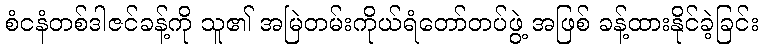
စံငနံတစ်ဒါဇင်ခန့်ကို သူ၏ အမြဲတမ်းကိုယ်ရံတော်တပ်ဖွဲ့ အဖြစ် ခန့်ထားနိုင်ခဲ့ခြင်း